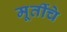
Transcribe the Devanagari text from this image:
मूर्तीचेे